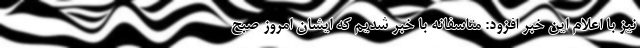
نیز با اعلام این خبر افزود: متاسفانه با خبر شدیم که ایشان امروز صبح